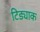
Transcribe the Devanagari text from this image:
टिड्याक